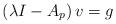
LaTeX: \begin{align*} \left(\lambda I-A_p\right)v = g \end{align*}